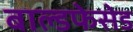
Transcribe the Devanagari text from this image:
बाल्डफेसेड